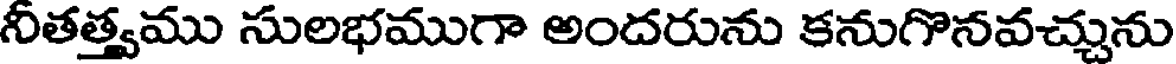
నీతత్త్వము సులభముగా అందరును కనుగొనవచ్చును